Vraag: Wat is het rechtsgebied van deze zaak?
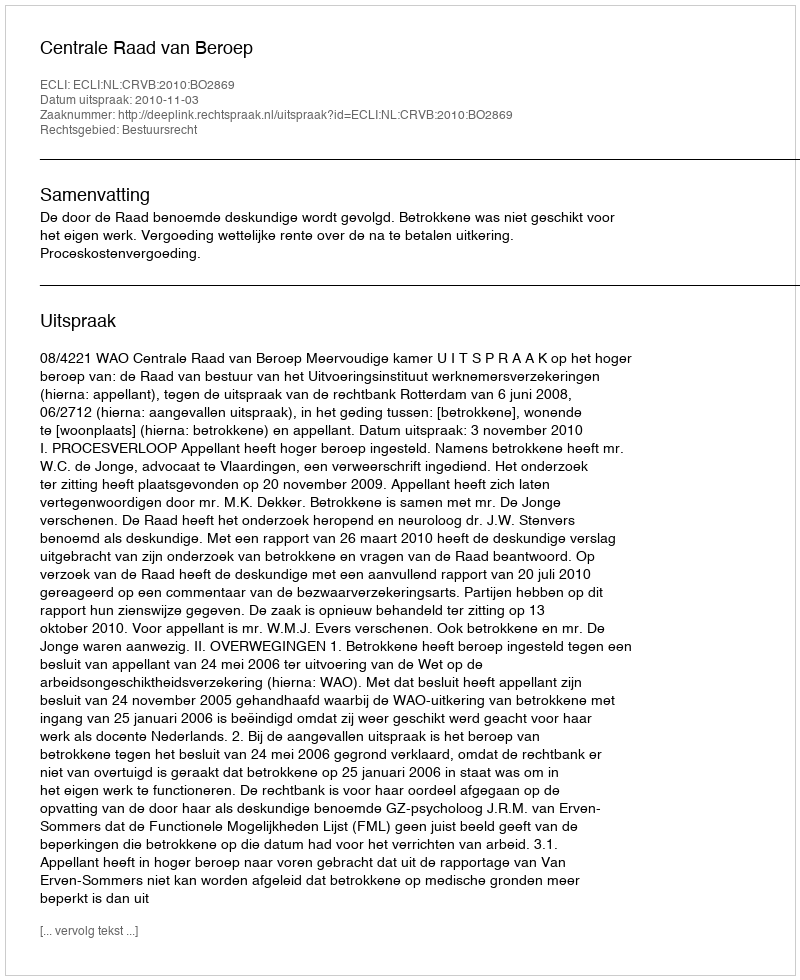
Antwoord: Bestuursrecht